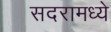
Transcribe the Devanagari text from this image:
सदरामध्ये